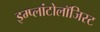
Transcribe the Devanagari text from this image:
इम्प्लांटोलॉजिस्ट